Problem: 8 × 7 = ?
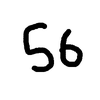
Handwritten answer: 56